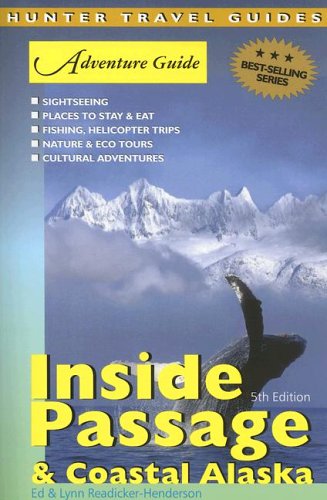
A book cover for Adventure Guide Inside Passage & Coastal Alaska (Adventure Guide to the Inside Passage & Coastal Alaska); Ed Readicker-Henderson; Travel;